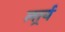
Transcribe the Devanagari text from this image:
लार्र्य